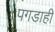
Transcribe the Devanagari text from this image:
पगडाही